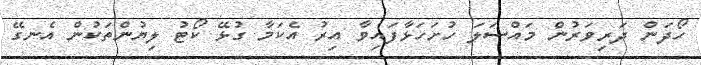
ހޯދަން ދަރިވަރުން މައްސަލަ ހުށަހަޅާފައިވާ އިރު އެކަމާ ގުޅޭ ކޯޓު ލިޔުންތަކުން އެނގޭ